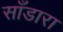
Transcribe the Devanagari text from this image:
साँडारा